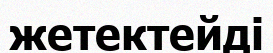
жетектейді